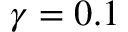
\gamma = 0 . 1